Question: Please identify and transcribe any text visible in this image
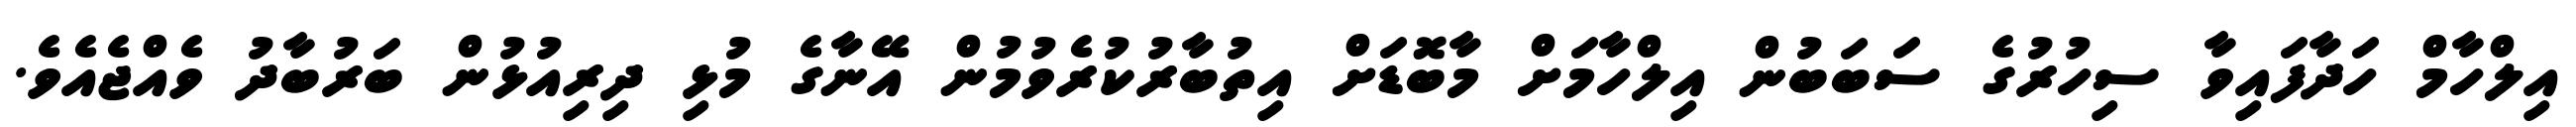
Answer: އިލްހާމް ހަދާފައިވާ ސިހުރުގެ ސަބަބުން އިލްހާމަށް މާބޮޑަށް އިތުބާރުކުރެވުމުން އޭނާގެ މުޅި ދިރިއުޅުން ބަރުބާދު ވެއްޖެއެވެ.